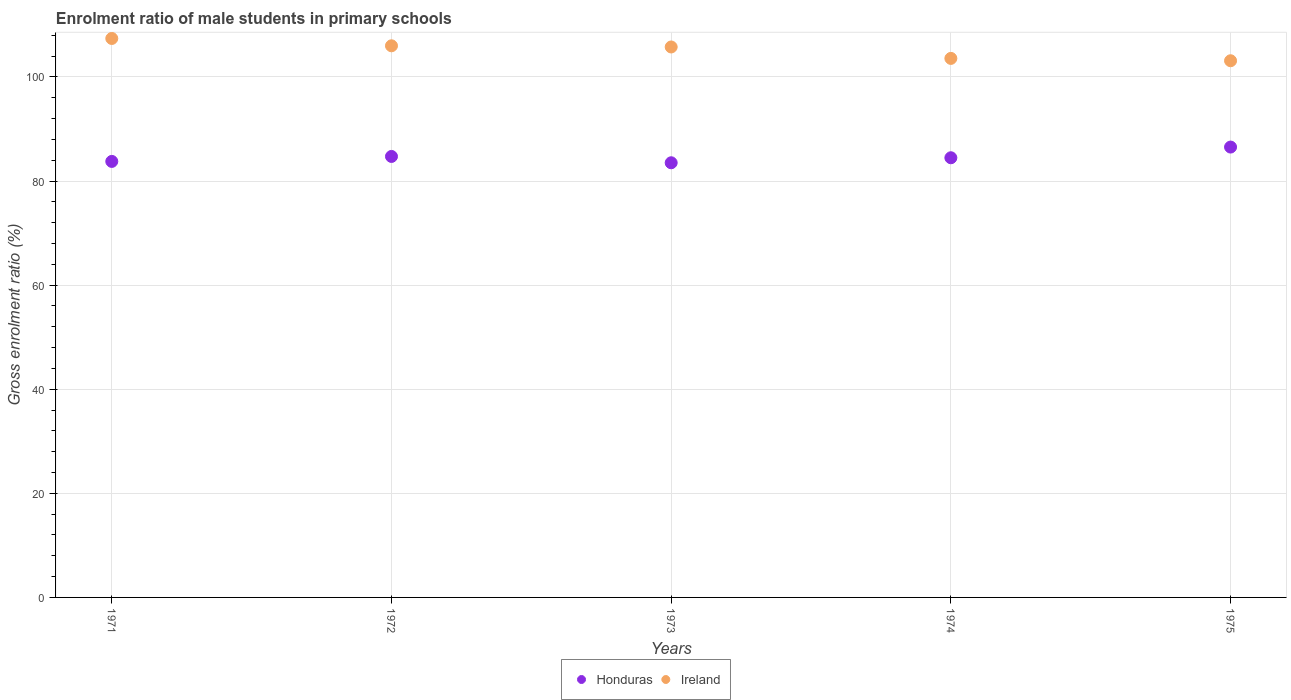
| Years | Honduras | Ireland |
 | --- | --- | --- |
 | 1971 | 83.8 | 107 |
 | 1972 | 84.7 | 106 |
 | 1973 | 83.5 | 106 |
 | 1974 | 84.5 | 104 |
 | 1975 | 86.5 | 103 |